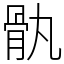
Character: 骫